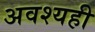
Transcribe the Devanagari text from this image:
अवश्यही